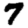
Digit: 7